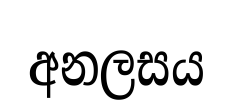
අනලසය